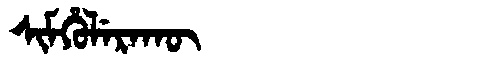
Manchu: ᠰᡳᠮᡥᡠᠯᡝᡵᠠᡴᡡ
Romanization: SIMHULERAKŪ